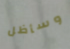
وسأظل